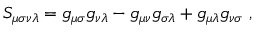
S _ { \mu \sigma \nu \lambda } = g _ { \mu \sigma } g _ { \nu \lambda } - g _ { \mu \nu } g _ { \sigma \lambda } + g _ { \mu \lambda } g _ { \nu \sigma } ~ ,